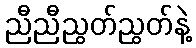
ညီညီညွတ်ညွတ်နဲ့